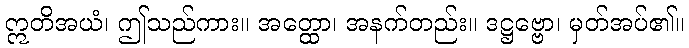
ဣတိအယံ၊ ဤသည်ကား။ အတ္ထော၊ အနက်တည်း။ ဒဋ္ဌဗ္ဗော၊ မှတ်အပ်၏။